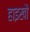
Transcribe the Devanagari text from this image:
हाइखौ